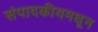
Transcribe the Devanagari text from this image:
संपादकीयमधून